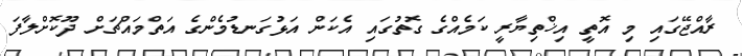
ރާއްޖޭގައި މި އޮތީ އިޚްތިޔާރީ ކަމެއްގެ ގޮތުގައި އެކަން އަޅުގަނޑުމެންގެ އަތްމައްޗަށް ދޫކޮށްލާފަ